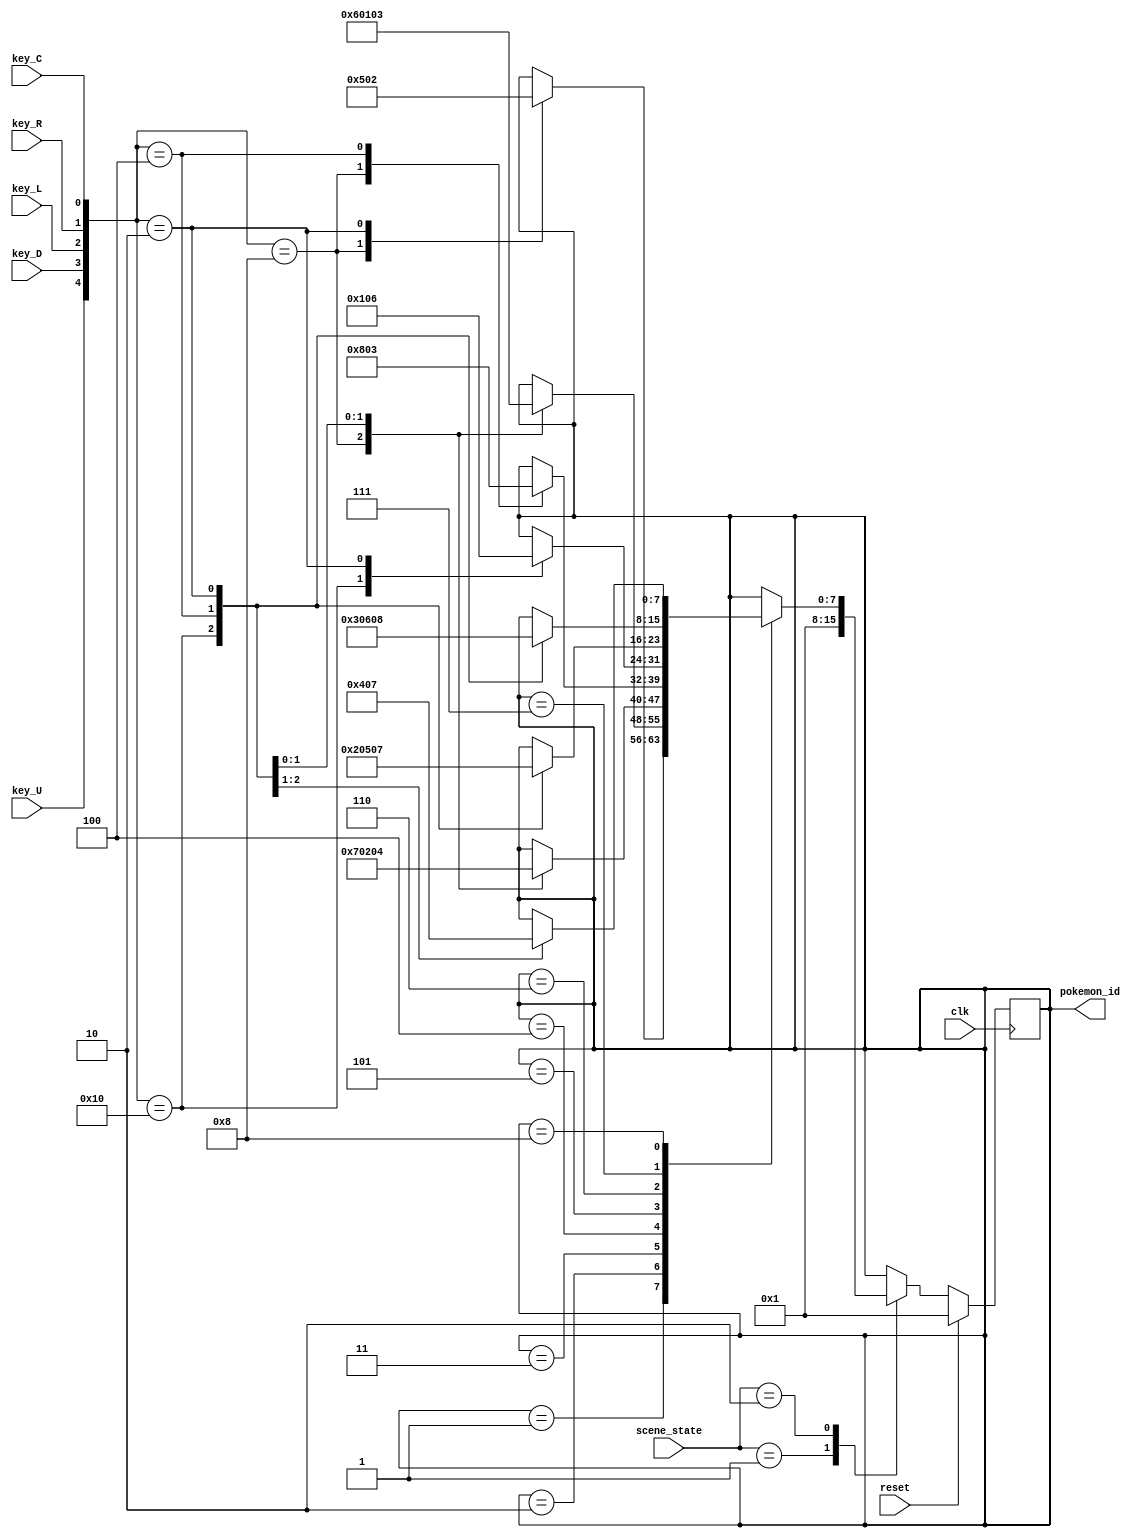
`timescale 1ns / 1ps
//////////////////////////////////////////////////////////////////////////////////
// Company: 
// Engineer: 
// 
// Design Name: 
// Module Name: figh_data_control
// Project Name: 
// Target Devices: 
// Tool Versions: 
// Description: 
// 
// Dependencies: 
// 
// Revision:
// Revision 0.01 - File Created
// Additional Comments:
// 
//////////////////////////////////////////////////////////////////////////////////


module choose_data_control(
        input clk,
        input reset,
        input [4-1:0] scene_state,
        input key_C,
        input key_U,
        input key_D,
        input key_L,
        input key_R,
        output reg [8-1:0] pokemon_id
        // output reg to_fight;
    ); 

parameter start_scene = 4'b0001;
parameter choose_scene = 4'b0010;
parameter fight_scene = 4'b0011;
parameter win_scene = 4'b0100;

parameter poke_1 = 8'd1;
parameter poke_2 = 8'd2;
parameter poke_3 = 8'd3;
parameter poke_4 = 8'd4;
parameter poke_5 = 8'd5;
parameter poke_6 = 8'd6;
parameter poke_7 = 8'd7;
parameter poke_8 = 8'd8;

parameter press_U = 5'b10000;
parameter press_D = 5'b01000;
parameter press_L = 5'b00100;
parameter press_R = 5'b00010;
parameter press_C = 5'b10001;
    wire [4:0] buttons;
    reg [8-1:0] next_id;
    assign buttons[4:0] = {key_U, key_D, key_L, key_R, key_C};
    always @(posedge clk) begin
        if(reset)begin
            pokemon_id <= poke_1;
        end else begin
            case (scene_state)
                start_scene:begin
                    pokemon_id <= poke_1;
                end 
                choose_scene:begin
                    pokemon_id <= next_id;
                end
                default:
                    pokemon_id <= pokemon_id; 
            endcase
        end 
    end
    /*
        screen:
        ------------------------------------------------------------

            1           2           3           4



            5           6           7           8


        ------------------------------------------------------------
    */
    always @(*) begin
        case (pokemon_id)
            poke_1:begin
                case (buttons)
                    press_U:begin
                        next_id = pokemon_id;
                    end 
                    press_D:begin
                        next_id = poke_5;
                    end
                    press_L:begin
                        next_id = pokemon_id;
                    end
                    press_R:begin
                        next_id = poke_2;
                    end
                    default: 
                        next_id = pokemon_id;
                endcase
            end 
            poke_2:begin
                case (buttons)
                    press_U:begin
                        next_id = pokemon_id;
                    end 
                    press_D:begin
                        next_id = poke_6;
                    end
                    press_L:begin
                        next_id = poke_1;
                    end
                    press_R:begin
                        next_id = poke_3;
                    end
                    default: 
                        next_id = pokemon_id;
                endcase
            end 
            poke_3:begin
                case (buttons)
                    press_U:begin
                        next_id = pokemon_id;
                    end 
                    press_D:begin
                        next_id = poke_7;
                    end
                    press_L:begin
                        next_id = poke_2;
                    end
                    press_R:begin
                        next_id = poke_4;
                    end
                    default: 
                        next_id = pokemon_id;
                endcase
            end 
            poke_4:begin
                case (buttons)
                    press_U:begin
                        next_id = pokemon_id;
                    end 
                    press_D:begin
                        next_id = poke_8;
                    end
                    press_L:begin
                        next_id = poke_3;
                    end
                    press_R:begin
                        next_id = pokemon_id;
                    end
                    default: 
                        next_id = pokemon_id;
                endcase
            end 
            poke_5:begin
                case (buttons)
                    press_U:begin
                        next_id = poke_1;
                    end 
                    press_D:begin
                        next_id = pokemon_id;
                    end
                    press_L:begin
                        next_id = pokemon_id;
                    end
                    press_R:begin
                        next_id = poke_6;
                    end
                    default: 
                        next_id = pokemon_id;
                endcase
            end 
            poke_6:begin
                case (buttons)
                    press_U:begin
                        next_id = poke_2;
                    end 
                    press_D:begin
                        next_id = pokemon_id;
                    end
                    press_L:begin
                        next_id = poke_5;
                    end
                    press_R:begin
                        next_id = poke_7;
                    end
                    default: 
                        next_id = pokemon_id;
                endcase
            end 
            poke_7:begin
                case (buttons)
                    press_U:begin
                        next_id = poke_3;
                    end 
                    press_D:begin
                        next_id = pokemon_id;
                    end
                    press_L:begin
                        next_id = poke_6;
                    end
                    press_R:begin
                        next_id = poke_8;
                    end
                    default: 
                        next_id = pokemon_id;
                endcase
            end 
            poke_8:begin
                case (buttons)
                    press_U:begin
                        next_id = poke_4;
                    end 
                    press_D:begin
                        next_id = pokemon_id;
                    end
                    press_L:begin
                        next_id = poke_7;
                    end
                    press_R:begin
                        next_id = pokemon_id;
                    end
                    default: 
                        next_id = pokemon_id;
                endcase
            end 
            default: 
                next_id = pokemon_id;
        endcase        
    end



endmodule